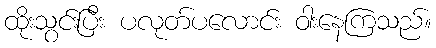
ထိုးသွင်းပြီး ပလုတ်ပလောင်း ဝါးနေကြသည်။